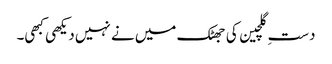
دستِ گلچین کی جھٹک میں نے نہیں دیکھی کبھی۔